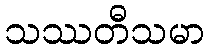
သဿတီသမာ